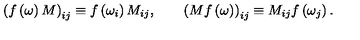
\left( f \left( \omega \right) M \right) _ { i j } \equiv f \left( \omega _ { i } \right) M _ { i j } , \qquad \left( M f \left( \omega \right) \right) _ { i j } \equiv M _ { i j } f \left( \omega _ { j } \right) .